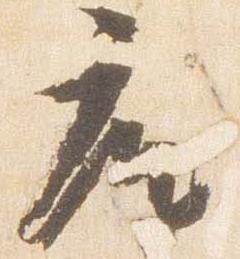
座